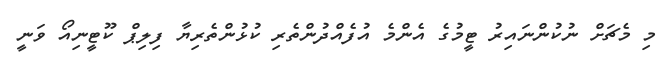
މި މެޗަށް ނުކުންނައިރު ޓީމުގެ އެންމެ އުފެއްދުންތެރި ކުޅުންތެރިޔާ ފިލިޕް ކޫޓީނިއޯ ވަނީ